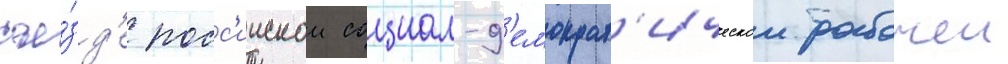
съе́зд'е росс'иискои социал-д'емократ'ическои рабочеи